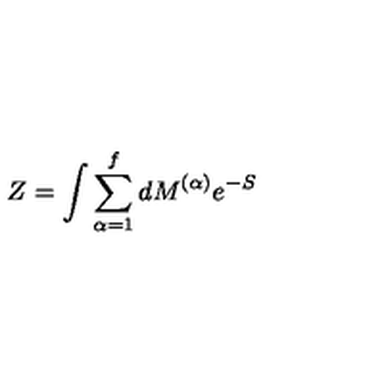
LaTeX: Z = \int \sum _ { \alpha = 1 } ^ { f } d M ^ { ( \alpha ) } e ^ { - S }